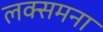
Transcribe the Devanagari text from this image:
लक्समना